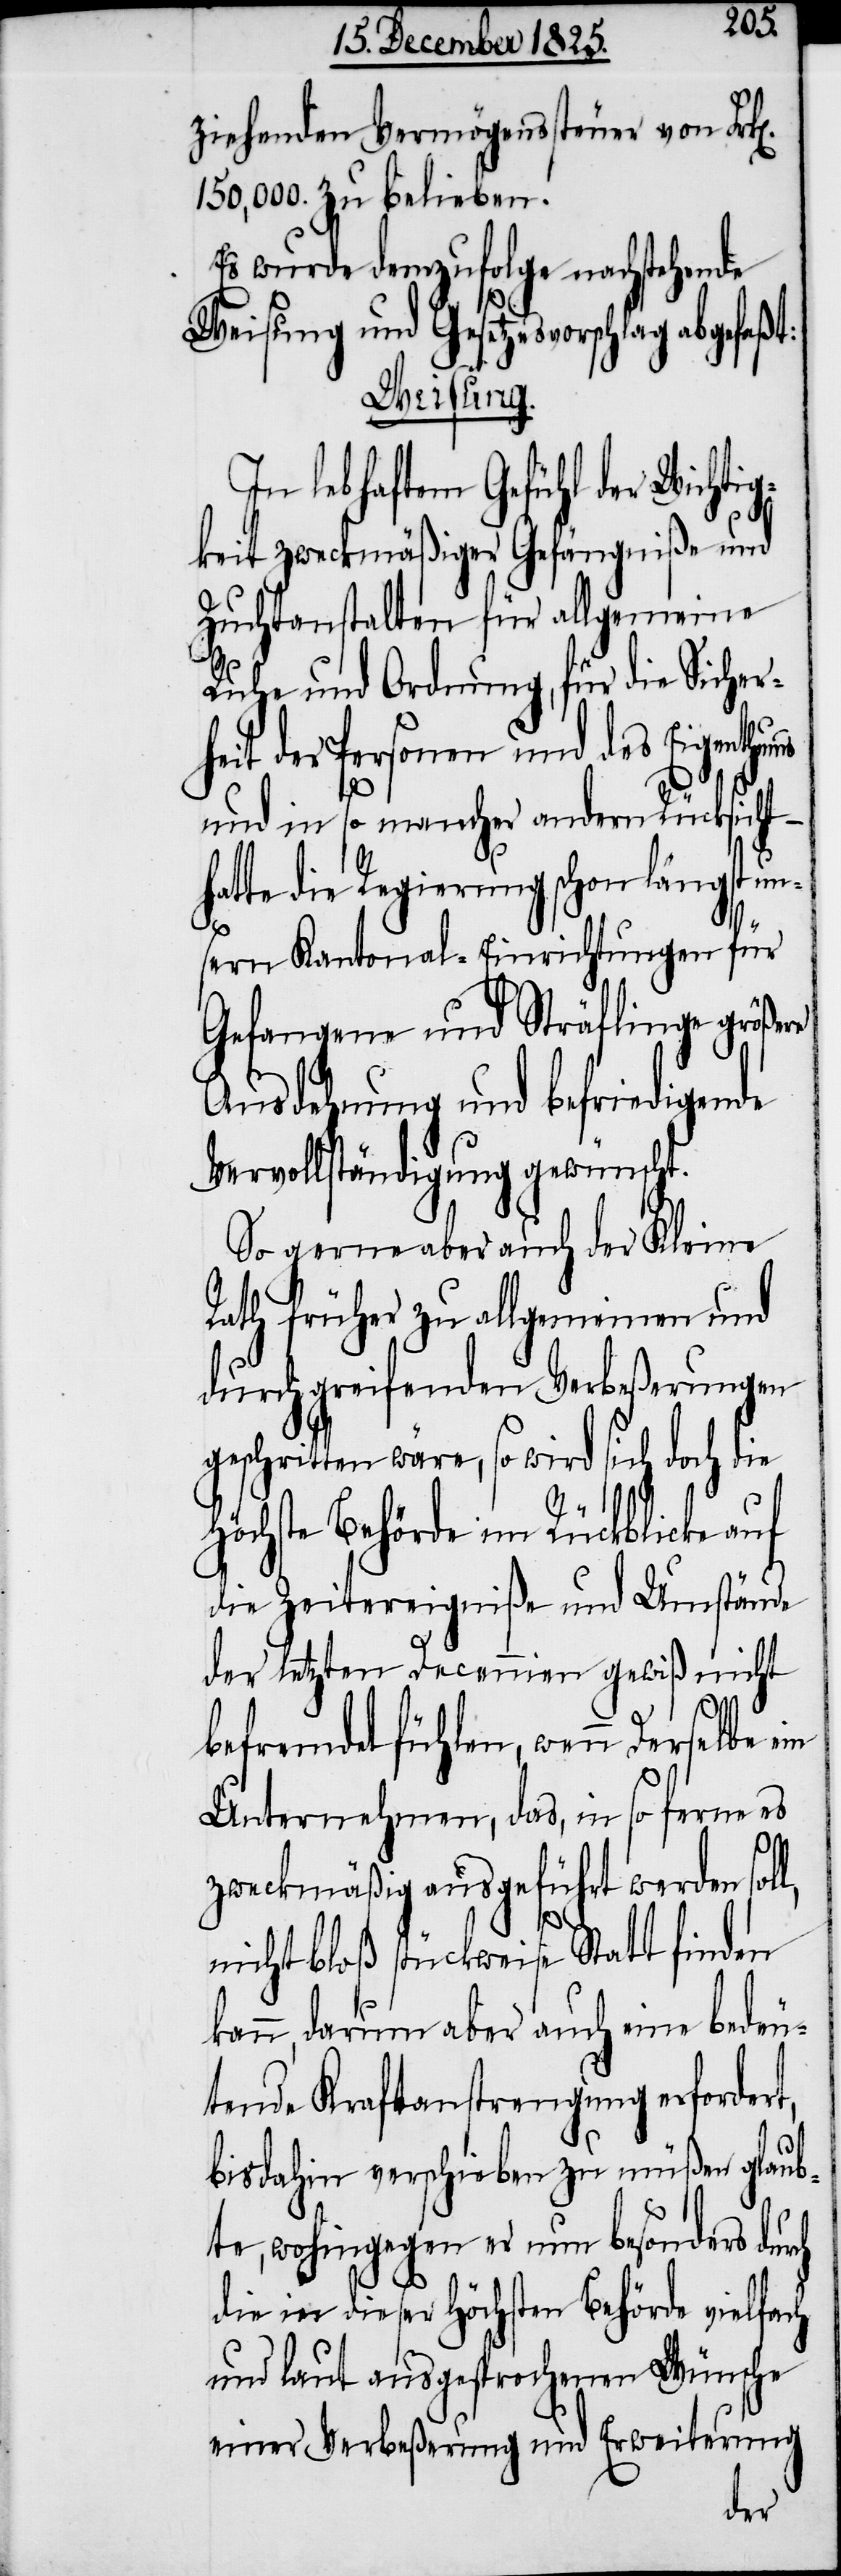
l,
ziehenden Vermögenssteuer von Frk[e¬
150,000. zu belieben.
Es wurde demzufolge nachstehende
Weisung und Gesetzesvorschlag abgefa¬
Weisung.
In lebhaftem Gefühl der Wichti¬
gkeit zweckmäßiger Gefängniße und
Zuchtanstalten für allgemeine
Ruhe und Ordnung, für die Sicherh¬
eit der Personen und des Eigenth¬
und in so mancher andern Rücksicht –
hatte die Regierung schon längst un¬
sern Kantonal-Einrichtungen für
Gefangene und Sträflinge größere
Ausdehnung und befriedigende
Vervollständigung gewünscht.
So gerne aber auch der Kleine
Rath früher zu allgemeinen und
durchgreifenden Verbeßerungen
geschritten wäre, so wird sich doch die
höchste Behörde im Rückblicke auf
die Zeitereigniße und Umstände
der letzten Decennien gewiß nicht
befremdet fühlen, wenn Derselbe
Unternehmen, das, in so ferne es
zweckmäßig ausgeführt werden sol¬
nicht bloß stückweise Statt finden
kann, darum aber auch eine bedeu¬
tende Kraftanstrengung erfordert,
bis dahin verschieben zu müßen glaub¬
te, wohingegen er nun besonders durch
die in dieser höchsten Behörde vielfach
und laut ausgesprochenen Wünsche
einer Verbeßerung und Erweiterung